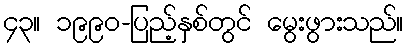
၄၃။ ၁၉၉၀-ပြည့်နှစ်တွင် မွေးဖွားသည်။